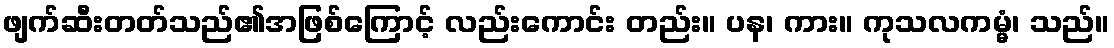
ဖျက်ဆီးတတ်သည်၏အဖြစ်ကြောင့် လည်းကောင်း တည်း။ ပန၊ ကား။ ကုသလကမ္မံ၊ သည်။